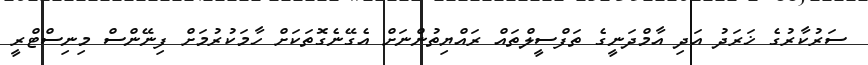
ސަރުކާރުގެ ޚަރަދު އަދި އާމްދަނީގެ ތަފްސީލްތައް ރައްޔިތުންނަށް އެގޭނެގޮތަކަށް ހާމަކުރުމަށް ފިނޭންސް މިނިސްޓްރީ